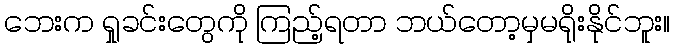
ဘေးက ရှုခင်းတွေကို ကြည့်ရတာ ဘယ်တော့မှမရိုးနိုင်ဘူး။